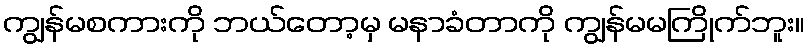
ကျွန်မစကားကို ဘယ်တော့မှ မနာခံတာကို ကျွန်မမကြိုက်ဘူး။